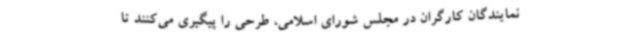
نمایندگان کارگران در مجلس شورای اسلامی، طرحی را پیگیری می‌کنند تا